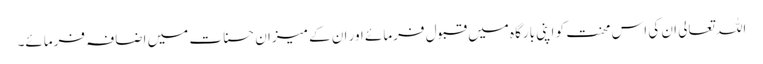
اللہ تعالی ان کی اس محنت کو اپنی بارگاہ میں قبول فرمائے اور ان کے میزان حسنات میں اضافہ فرمائے۔